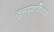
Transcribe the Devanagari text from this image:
सुमध्वविजय